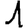
Digit: 1